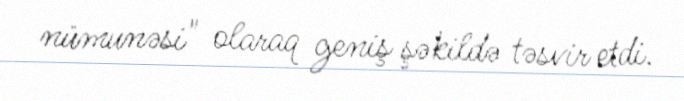
nümunəsi" olaraq geniş şəkildə təsvir etdi.